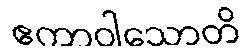
ဧကာဝါသောတိ